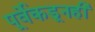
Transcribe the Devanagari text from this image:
पूर्वेकडूनही